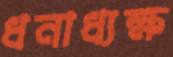
ধনাধ্যক্ষ